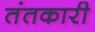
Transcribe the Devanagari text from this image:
तंतकारी